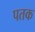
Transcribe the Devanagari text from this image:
पतक